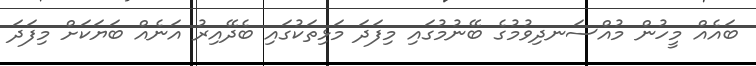
ބައެއް މީހުން މުއްސަނދިވުމުގެ ބޭނުމުގައި މިފަދަ މަޅިތަކުގައި ބެދޭއިރު އަނެއް ބަޔަކަށް މިފަދަ